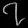
Digit: ၇